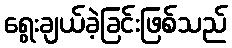
ရွေးချယ်ခဲ့ခြင်းဖြစ်သည်